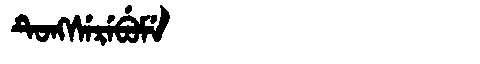
Manchu: ᡨᡠᠩᠰᡝᡵᡝᠪᡠᠮᡝ
Romanization: TUNGSEREBUME